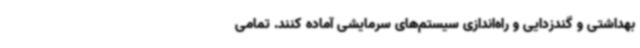
بهداشتی و گند‌زدایی و راه‌اندازی سیستم‌های سرمایشی آماده کنند. تمامی